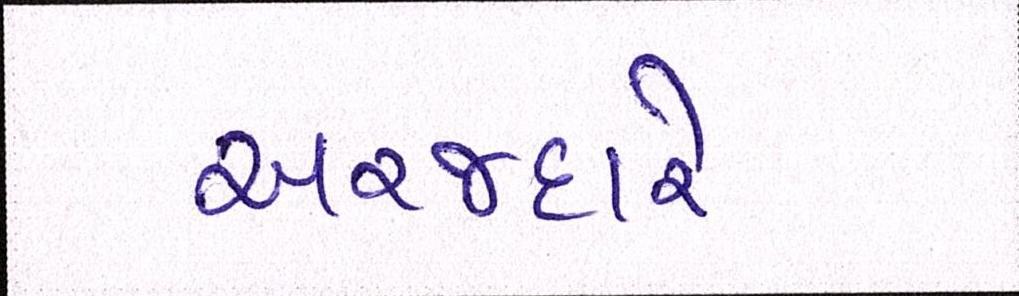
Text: અરજદારે